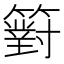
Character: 𥵢